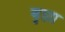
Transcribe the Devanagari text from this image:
बृह्मा